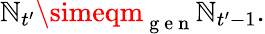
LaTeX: \mathbb{N}_{t^{\prime}}\simeqm_{\mathrm{{~g~e~n~}}}\mathbb{N}_{t^{\prime}-1}.